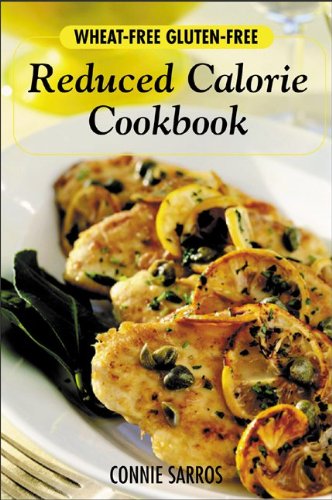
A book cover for Wheat-Free, Gluten-Free Reduced Calorie Cookbook; Connie Sarros; Health, Fitness & Dieting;